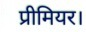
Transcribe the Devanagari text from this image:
प्रीमियर।